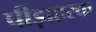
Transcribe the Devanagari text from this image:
पीड़ाहरक